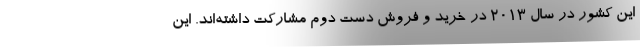
این کشور در سال ۲۰۱۳ در خرید و فروش دست دوم مشارکت داشته‌اند. این